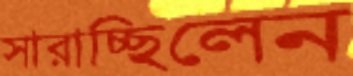
সারাচ্ছিলেন